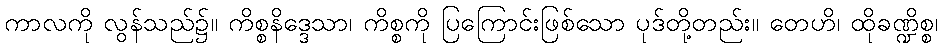
ကာလကို လွန်သည်၌။ ကိစ္စနိဒ္ဒေသာ၊ ကိစ္စကို ပြကြောင်းဖြစ်သော ပုဒ်တို့တည်း။ တေဟိ၊ ထိုခဏ္ဍိစ္စ၊